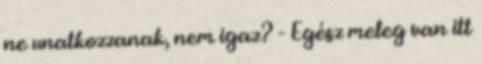
ne unatkozzanak, nem igaz? - Egész meleg van itt